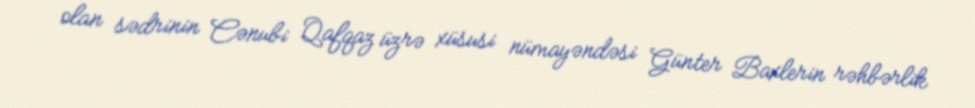
olan sədrinin Cənubi Qafqaz üzrə xüsusi nümayəndəsi Günter Baxlerin rəhbərlik